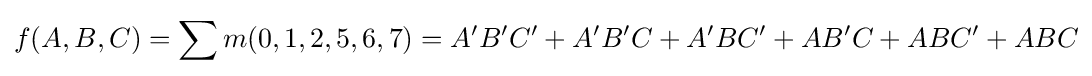
f(A,B,C)=\sum m(0,1,2,5,6,7)=A'B'C'+A'B'C+A'BC'+AB'C+ABC'+ABC